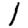
Digit: 1